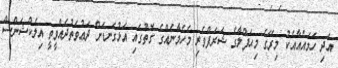
އަދި ހަމައެއާއެކު މިރޭގެ މިޙަފްލާގެ ޝަރަފްވެރި މެހެމާނެއްގެ ގޮތުގައި އަޅުގަނޑަށް ދަޢުވަތުދެއްވީތީ އިލެކްޝަންސް